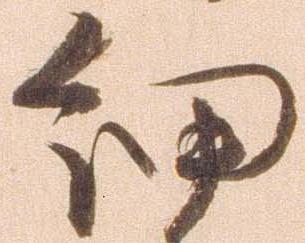
細